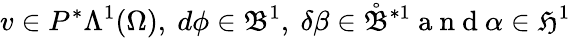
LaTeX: v\in P^{\ast}\Lambda^{1}(\Omega),\ d\phi\in\mathfrak{B}^{1},\ \delta\beta\in\mathring{\mathfrak{B}}^{\ast 1}\mathrm{~a~n~d~}\alpha\in\mathfrak{H}^{1}